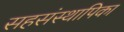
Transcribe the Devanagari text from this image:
सहसंस्थापिका